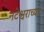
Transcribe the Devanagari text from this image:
नटेश्वराच्या